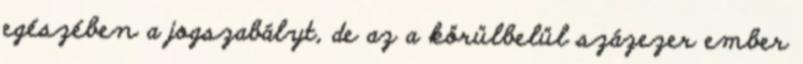
egészében a jogszabályt, de az a körülbelül százezer ember